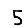
Digit: 5